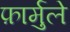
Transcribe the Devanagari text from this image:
फ़ार्मुले